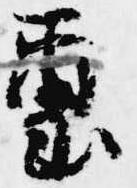
璽